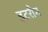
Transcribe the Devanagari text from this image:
इटरीम